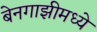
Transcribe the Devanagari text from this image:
बेनगाझीमध्ये